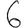
Digit: 6